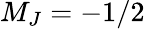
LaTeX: M_{J}=-1/2